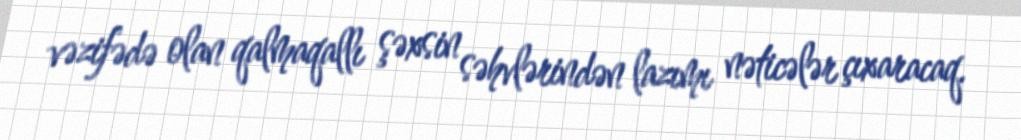
vəzifədə olan qalmaqallı şəxsin səhvlərindən lazımı nəticələr çıxaracaq.